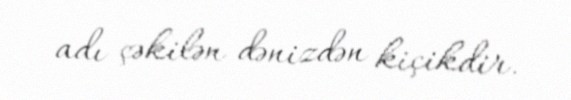
adı çəkilən dənizdən kiçikdir.